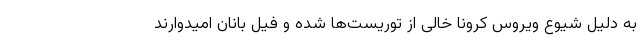
به دلیل شیوع ویروس کرونا خالی از توریست‌ها شده و فیل بانان امیدوارند